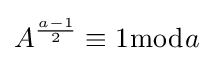
A^{\frac {a-1}{2}}\equiv 1{\bmod {a}}